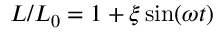
L / L _ { 0 } = 1 + \xi \sin ( \omega t )